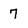
Character: 7